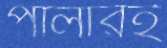
পালারই